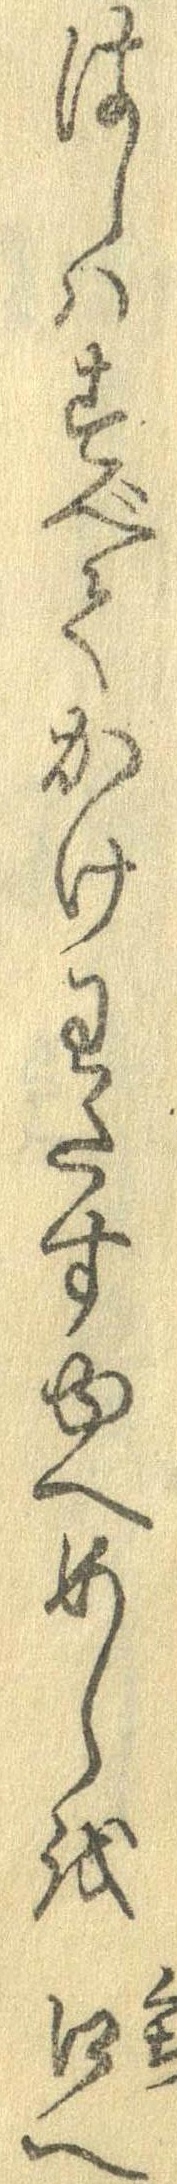
はしはすべてかけわたすゆへめしを口へ